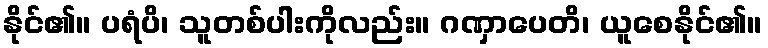
နိုင်၏။ ပရံပိ၊ သူတစ်ပါးကိုလည်း။ ဂဏှာပေတိ၊ ယူစေနိုင်၏။